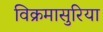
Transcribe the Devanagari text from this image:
विक्रमासुरिया